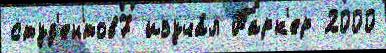
студ'ентов7 изуча́л Парк'ер 2000